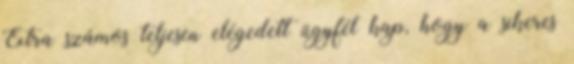
Extra számos teljesen elégedett ügyfél kap, hogy a sikeres